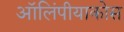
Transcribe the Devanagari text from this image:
ऑलिंपीयाकोस